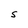
Character: S